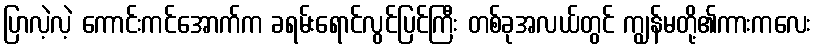
ပြာလဲ့လဲ့ ကောင်းကင်အောက်က ခရမ်းရောင်လွင်ပြင်ကြီး တစ်ခုအလယ်တွင် ကျွန်မတို့၏ကားကလေး